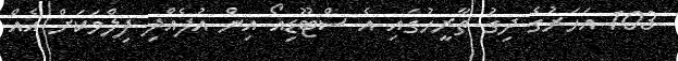
103 އަހަރުގެ ދިގު ތާރީހުގައި އެ ސްޓޫޑިއޯ އިން އުފެއްދި ފިލްމަކަށް އެއް